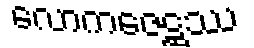
လောကဇေဋ္ဌဿ